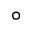
^ \circ